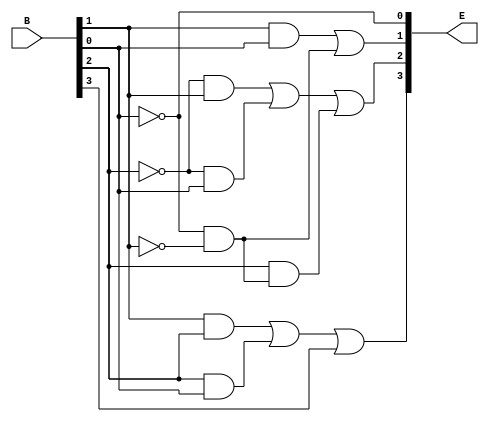
module bcd_to_excess3(B, E);

	input [3:0]B;
	output [3:0]E;

	not z(E[0], B[0]); //D not
	not not1(C, B[1]); // C not
	not not2(A, B[2]); // B not

	and and1(Y1, B[1], B[0]); // CD
	and and2(Y2, E[0], C);   // Cnot Dnot
	or y(E[1], Y1, Y2); // Y

	and and3(X1, A, B[1]); //Bnot C
	and and4(X2, A, B[0]); //Bnot D
	and and5(X3, B[2], Y2); //B Cnot Dnot
	or or1(S1, X1, X2);
	or x(E[2], S1, X3); // X

	and and6(W1, B[1], B[2]); // BC
	and and7(W2, B[2], B[0]); //BD
	or or2(S2, W1, W2);
	or w(E[3], S2, B[3]);
	
endmodule